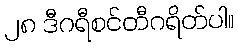
၂၈ ဒီဂရီစင်တီဂရိတ်ပါ။